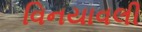
વિનયાવલી